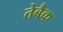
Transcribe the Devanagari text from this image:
तेबैक